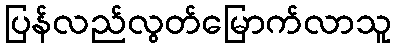
ပြန်လည်လွတ်မြောက်လာသူ